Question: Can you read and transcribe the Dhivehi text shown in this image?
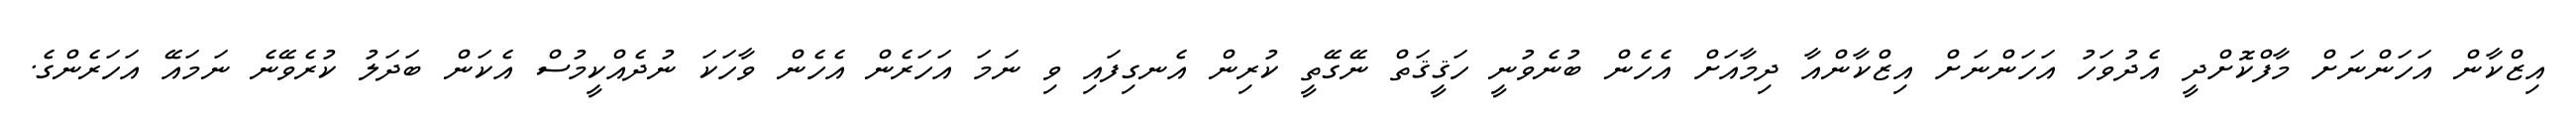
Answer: އިޒްކާން އަހަންނަށް މާފްކޮށްދީ އެދުވަހު އަހަންނަށް އިޒްކާންއާ ދިމާއަށް އެހެން ބުނެވުނީ ހަޤީޤަތް ނޭގޭތީ ކުރިން އެނގިފައި ވި ނަމަ އަހަރެން އެހެން ވާހަކަ ނުދެއްކީމުސް އެކަން ބަދަލު ކުރެވޭނެ ނަމައޭ އަހަރެންގެ.